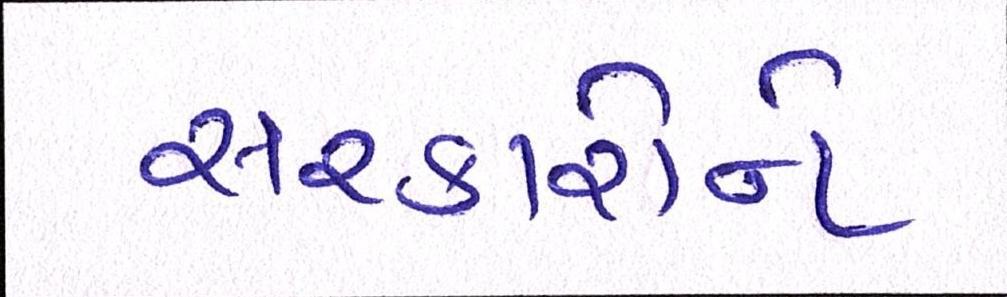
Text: સરકારોને